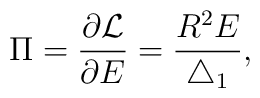
\Pi = \frac{\partial {\cal L}}{\partial E} =\frac{R^2 E}{\bigtriangleup_1},